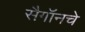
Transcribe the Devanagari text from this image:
सैगॉनचे